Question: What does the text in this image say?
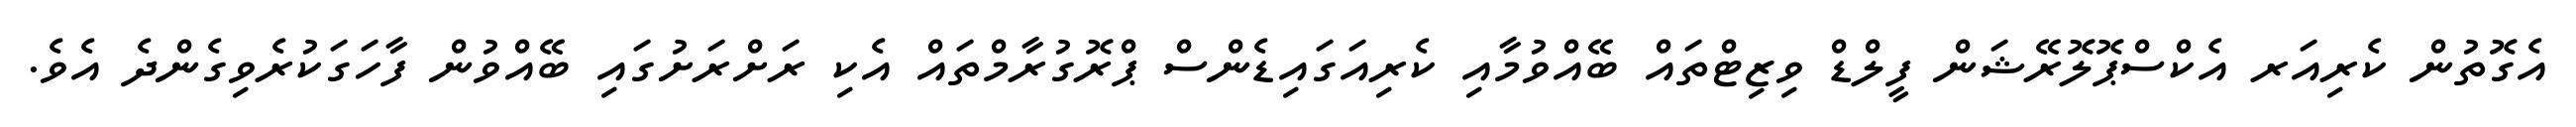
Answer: އެގޮތުން ކެރިއަރ އެކްސްޕޮލޮރޭޝަން ފީލްޑް ވިޒިޓްތައް ބޭއްވުމާއި ކެރިއަގައިޑެންސް ޕްރޮގުރާމްތައް އެކި ރަށްރަށުގައި ބޭއްވުން ފާހަގަކުރެވިގެންދެ އެވެ.